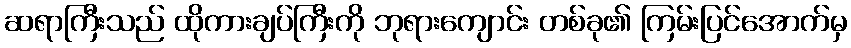
ဆရာကြီးသည် ထိုကားချပ်ကြီးကို ဘုရားကျောင်း တစ်ခု၏ ကြမ်းပြင်အောက်မှ